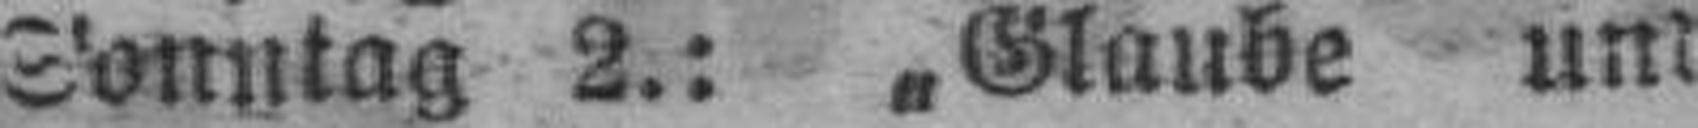
Sonntag 2.: .Glaube und